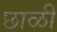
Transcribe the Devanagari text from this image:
छाळी